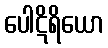
ပေါဋိရိယော